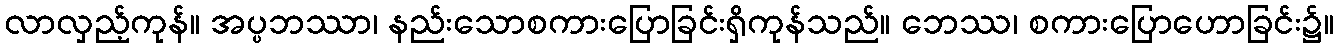
လာလှည့်ကုန်။ အပ္ပဘဿာ၊ နည်းသောစကားပြောခြင်းရှိကုန်သည်။ ဘေဿ၊ စကားပြောဟောခြင်း၌။